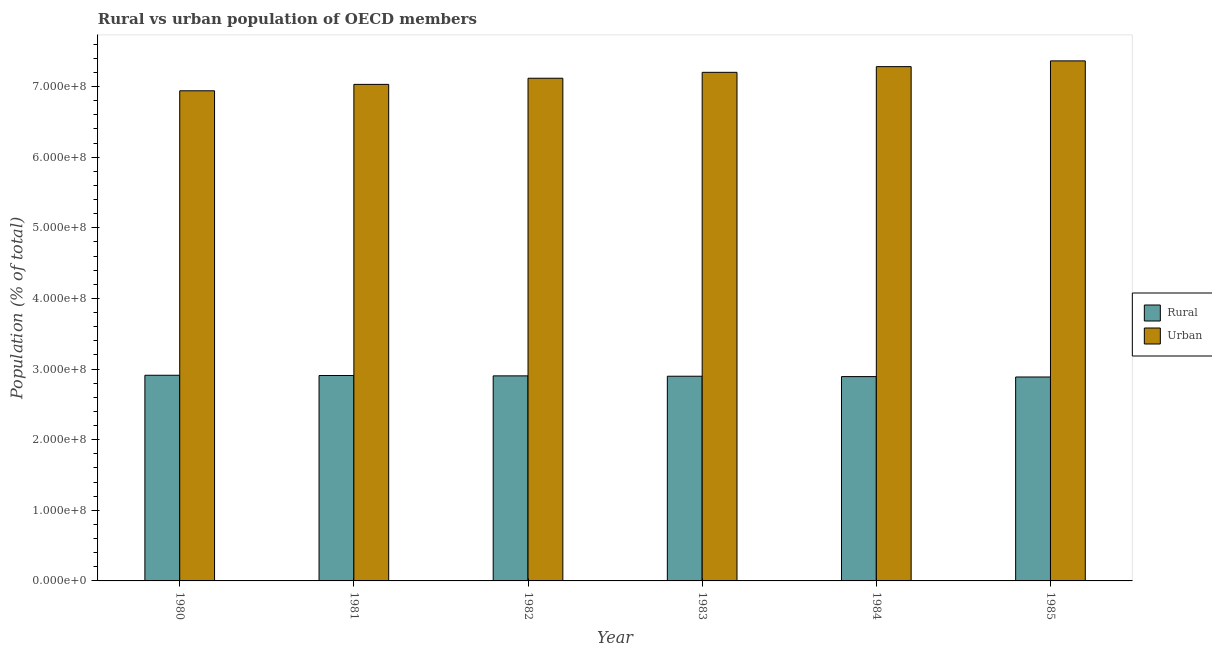
| Year | Rural | Urban |
 | --- | --- | --- |
 | 1980 | 2.91e+08 | 6.94e+08 |
 | 1981 | 2.91e+08 | 7.03e+08 |
 | 1982 | 2.9e+08 | 7.12e+08 |
 | 1983 | 2.9e+08 | 7.2e+08 |
 | 1984 | 2.89e+08 | 7.28e+08 |
 | 1985 | 2.89e+08 | 7.36e+08 |